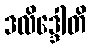
ဒလိဒ္ဒေါတိ